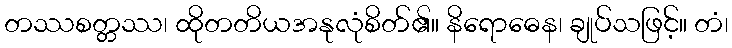
တဿစတ္တဿ၊ ထိုတတိယအနုလုံစိတ်၏။ နိရောဓေန၊ ချုပ်သဖြင့်။ တံ၊